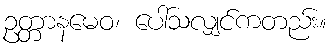
ဥတ္တာနမေဝ၊ ပေါ်သလျှင်ကတည်း။